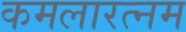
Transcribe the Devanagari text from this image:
कमलारत्नम